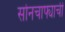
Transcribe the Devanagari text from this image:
सोनचाफ्याची